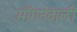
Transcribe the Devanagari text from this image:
माँगनेवाली